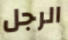
الرجل